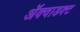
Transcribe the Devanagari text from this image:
ॲक्वाडक्ट